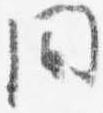
間